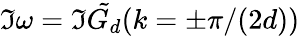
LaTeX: \Im\omega=\Im\tilde{G_{d}}(k=\pm\pi/(2d))